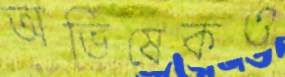
অভিষেকও